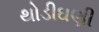
થોડીઘણી